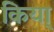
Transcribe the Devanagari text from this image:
किया्